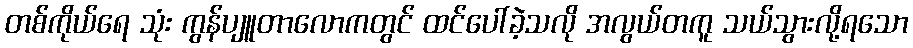
တစ်ကိုယ်ရေ သုံး ကွန်ပျူတာလောကတွင် ထင်ပေါ်ခဲ့သလို အလွယ်တကူ သယ်သွားလို့ရသော